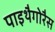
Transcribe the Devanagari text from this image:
पाइथैगोरैस